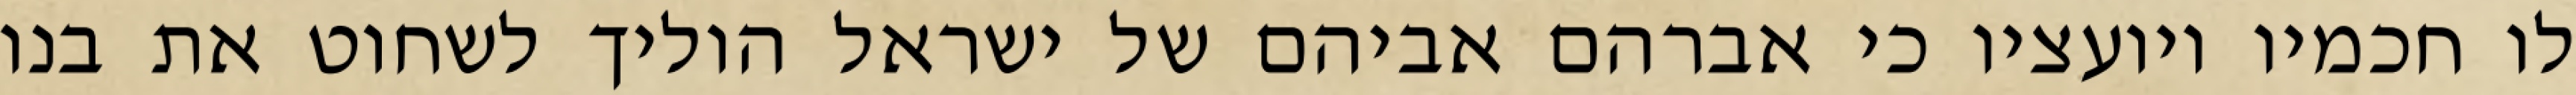
לו חכמיו ויועציו כי אברהם אביהם של ישראל הוליך לשחוט את בנו